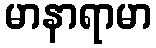
မာနာရာမာ